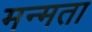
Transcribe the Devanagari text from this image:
मन्मता